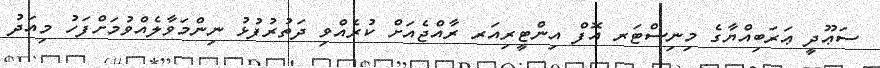
ސަޢޫދީ ޢަރަބިއްޔާގެ މިނިސްޓަރ އޮފް އިންޓީރިއަރ ރާއްޖެއަށް ކުރެއްވި ދަތުރުފުޅު ނިންމަވާލެއްވުމަށްފަހު މިއަދު